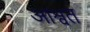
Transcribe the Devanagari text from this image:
आश्वत